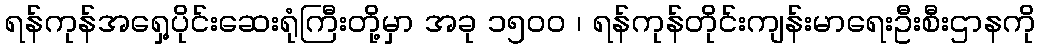
ရန်ကုန်အရှေ့ပိုင်းဆေးရုံကြီးတို့မှာ အခု ၁၅၀၀ ၊ ရန်ကုန်တိုင်းကျန်းမာရေးဦးစီးဌာနကို